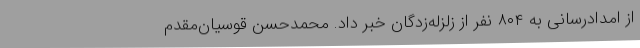
از امدادرسانی به ۸۰۴ نفر از زلزله‌زدگان خبر داد. محمدحسن قوسیان‌مقدم